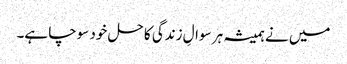
میں نے ہمیشہ ہر سوالِ زندگی کا حل خود سوچا ہے۔